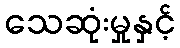
သေဆုံးမှုနှင့်